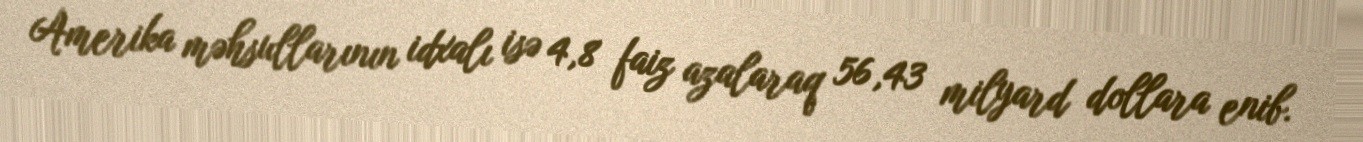
Amerika məhsullarının idxalı isə 4,8 faiz azalaraq 56,43 milyard dollara enib.